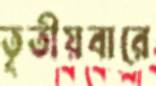
তৃতীয়বারে